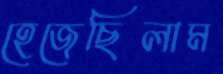
হেজেছিলাম